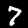
Label: 7